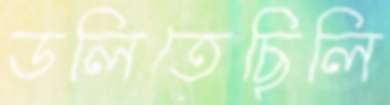
ডলিতেছিলি